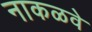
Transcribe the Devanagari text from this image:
नाकळवे